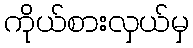
ကိုယ်စားလှယ်မှ